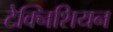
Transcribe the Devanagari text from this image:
टेक्निशियन